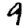
Digit: 9